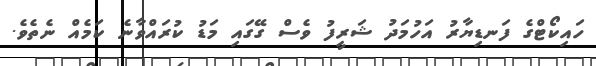
ހައިކޯޓްގެ ފަނޑިޔާރު އަހުމަދު ޝަރީފު ވެސް ގޭގައި މަޑު ކުރައްވާނެ ކަމެއް ނެތެވެ.